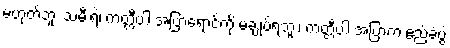
မဟုတ်ဘူး သမီးရဲ့၊ ကတ္တီပါ အပြာရောင်ကို မချုပ်ရဘူး၊ ကတ္တီပါ အပြာက ဧည့်ခံပွဲ